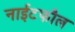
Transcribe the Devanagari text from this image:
नाईटफौल